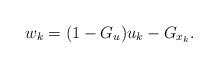
LaTeX: \begin{align*}w_k=(1-G_u)u_k-G_{x_k}.\end{align*}